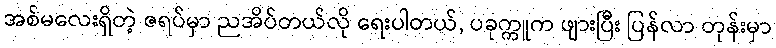
အစ်မလေးရှိတဲ့ ဇရပ်မှာ ညအိပ်တယ်လို ရေးပါတယ်, ပခုက္ကူက ဖျားပြီး ပြန်လာ တုန်းမှာ